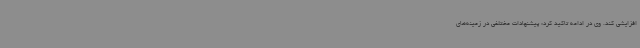
افزایشی کند. وی در ادامه تاکید کرد: پیشنهادات مختلفی در زمینه‌های